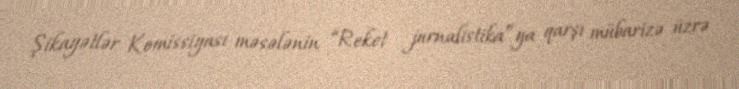
Şikayətlər Komissiyası məsələnin “Reket jurnalistika”ya qarşı mübarizə üzrə